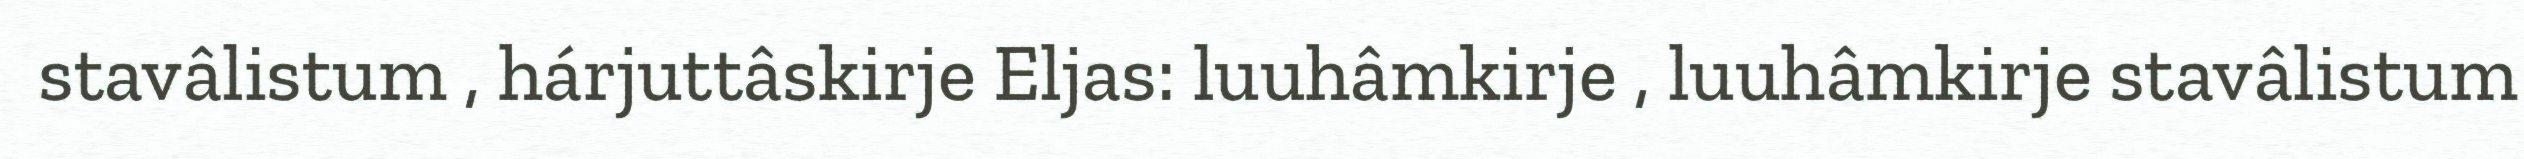
stavâlistum , hárjuttâskirje Eljas: luuhâmkirje , luuhâmkirje stavâlistum